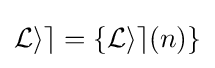
{\mathcal {Lie}}=\{{\mathcal {Lie}}(n)\}